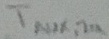
Text: TAUX,2a